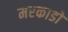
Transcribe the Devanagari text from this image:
मरकाडो